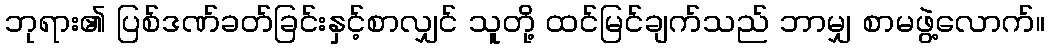
ဘုရား၏ ပြစ်ဒဏ်ခတ်ခြင်းနှင့်စာလျှင် သူတို့ ထင်မြင်ချက်သည် ဘာမျှ စာမဖွဲ့လောက်။